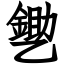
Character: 㐥